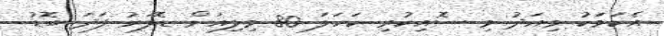
އެކަމަކު މިއަދު މި ސޮއިކުރި ކަހަލަ 80 މިލިއަން ޑޮލަރު ފަދަ ބޮޑު